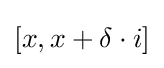
[x,x+\delta \cdot i]